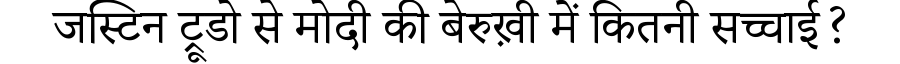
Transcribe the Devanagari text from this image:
जस्टिन ट्रूडो से मोदी की बेरुख़ी में कितनी सच्चाई?